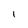
Character: I